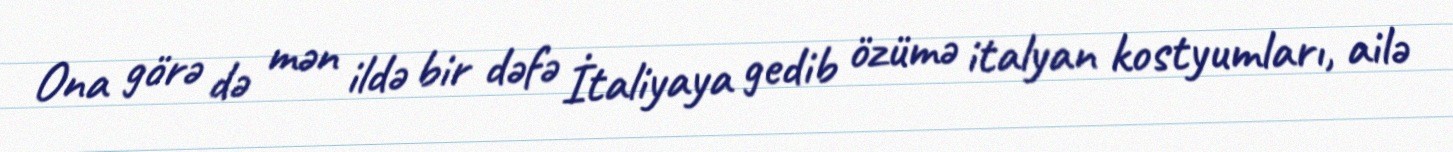
Ona görə də mən ildə bir dəfə İtaliyaya gedib özümə italyan kostyumları, ailə